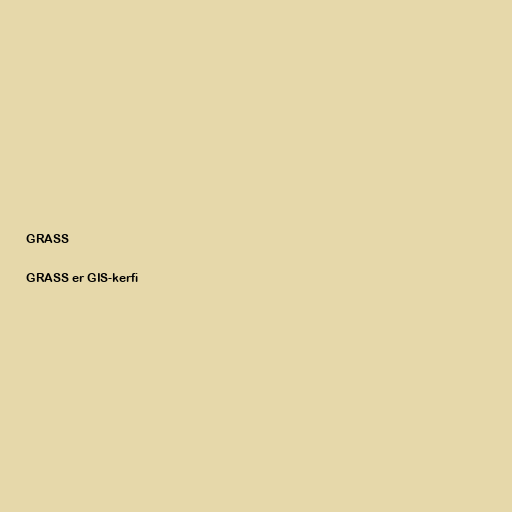
GRASS

GRASS er GIS-kerfi